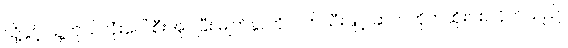
သို့နှင့် သူ့ကိုယ်လုံးပေါ် စီးအုပ်ပြီး မျက်နှာကိုလက်သီးဖြင့် ဆက်တိုက်ထိုးပစ်လိုက်သည်။